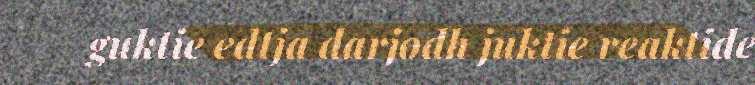
guktie edtja darjodh juktie reaktide